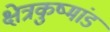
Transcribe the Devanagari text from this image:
क्षेत्रकुष्मांड